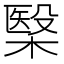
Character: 𣘦